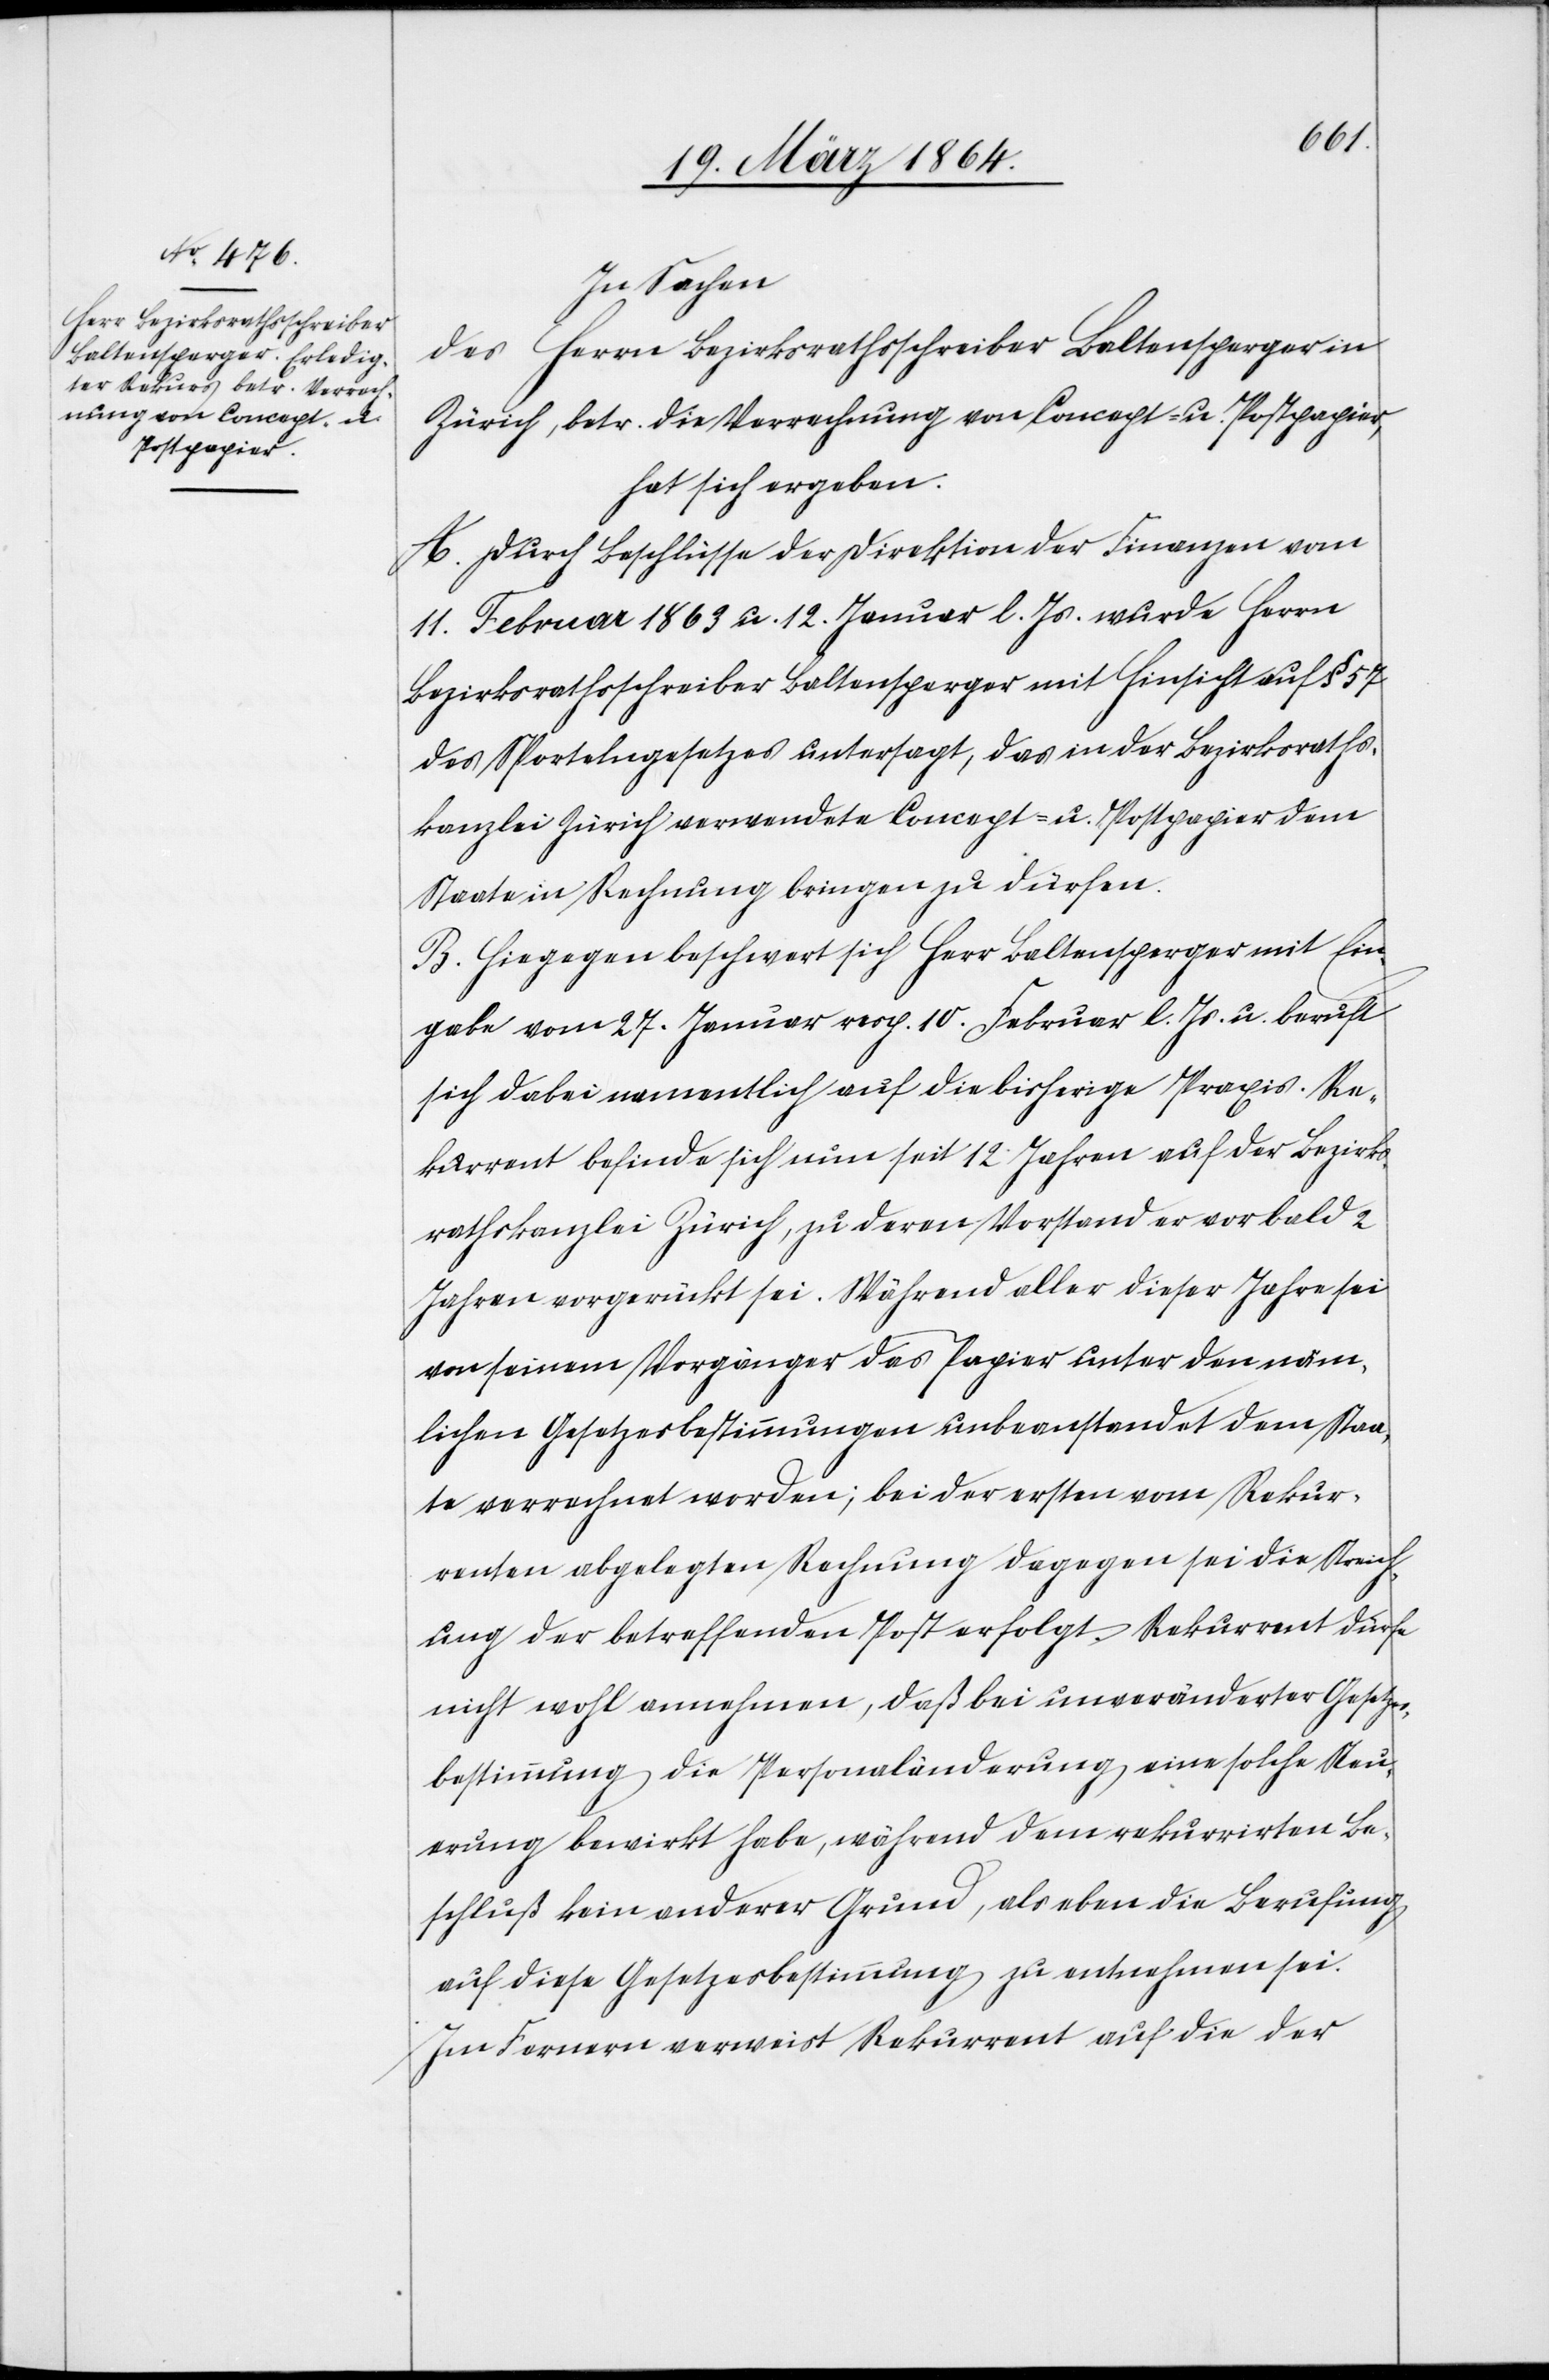
In Sachen
des Herrn Bezirksrathsschreiber Baltensperger in
Zürich, betr. die Verrechnung von Concept- u. Postpapier,
hat sich ergeben:
A. Durch Beschlüsse der Direktion der Finanzen vom
11. Feburar 1863 u. 12. Januar l. Js. wurde Herrn
Bezirksrathsschreiber Baltensperger mit Hinsicht auf § 57
des Sportelngesetzes untersagt, das in der Bezirksraths¬
kanzlei Zürich verwendete Concept- u. Postpapier dem
Staate in Rechnung bringen zu dürfen.
B. Hiegegen beschwert sich Herr Baltensperger mit Ein¬
gabe vom 27. Januar resp. 10. Februar l. Js. u. beruft
sich dabei namentlich auf die bisherige Praxis. Re¬
kurrent befinde sich nun seit 12 Jahren auf der Bezirks¬
rathskanzlei Zürich, zu deren Vorstand er vor bald 2
Jahren vorgerückt sei. Während aller dieser Jahre sei
von seinem Vorgänger das Papier unter den näm¬
lichen Gesetzesbestimmungen unbeanstandet dem Staa¬
te verrechnet worden; bei der ersten vom Rekur¬
renten abgelegten Rechnung dagegen sei die Streich¬
ung der betreffenden Post erfolgt. Rekurrent dürfe
nicht wohl annehmen, daß bei unveränderter Gesetzes¬
bestimmung die Personaländerung eine solche Steu¬
erung bewirkt habe, während dem rekurrirten Be¬
schluß kein anderer Grund, als eben die Berufung
auf diese Gesetzesbestimmung zu entnehmen sei.
Im Fernern verweist Rekurrent auf die der